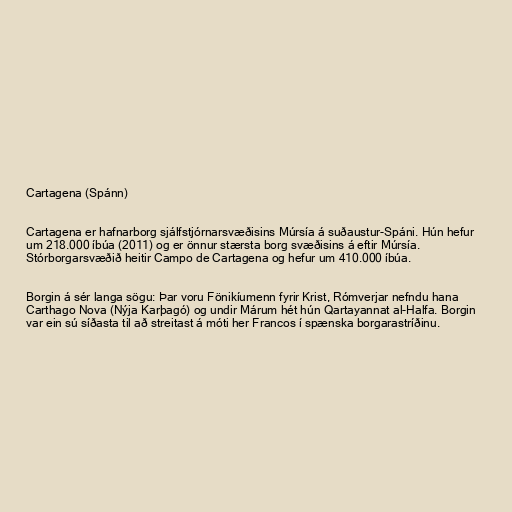
Cartagena (Spánn)

Cartagena er hafnarborg sjálfstjórnarsvæðisins Múrsía á suðaustur-Spáni. Hún hefur
um 218.000 íbúa (2011) og er önnur stærsta borg svæðisins á eftir Múrsía.
Stórborgarsvæðið heitir Campo de Cartagena og hefur um 410.000 íbúa.

Borgin á sér langa sögu: Þar voru Fönikíumenn fyrir Krist, Rómverjar nefndu hana
Carthago Nova (Nýja Karþagó) og undir Márum hét hún Qartayannat al-Halfa. Borgin
var ein sú síðasta til að streitast á móti her Francos í spænska borgarastríðinu.